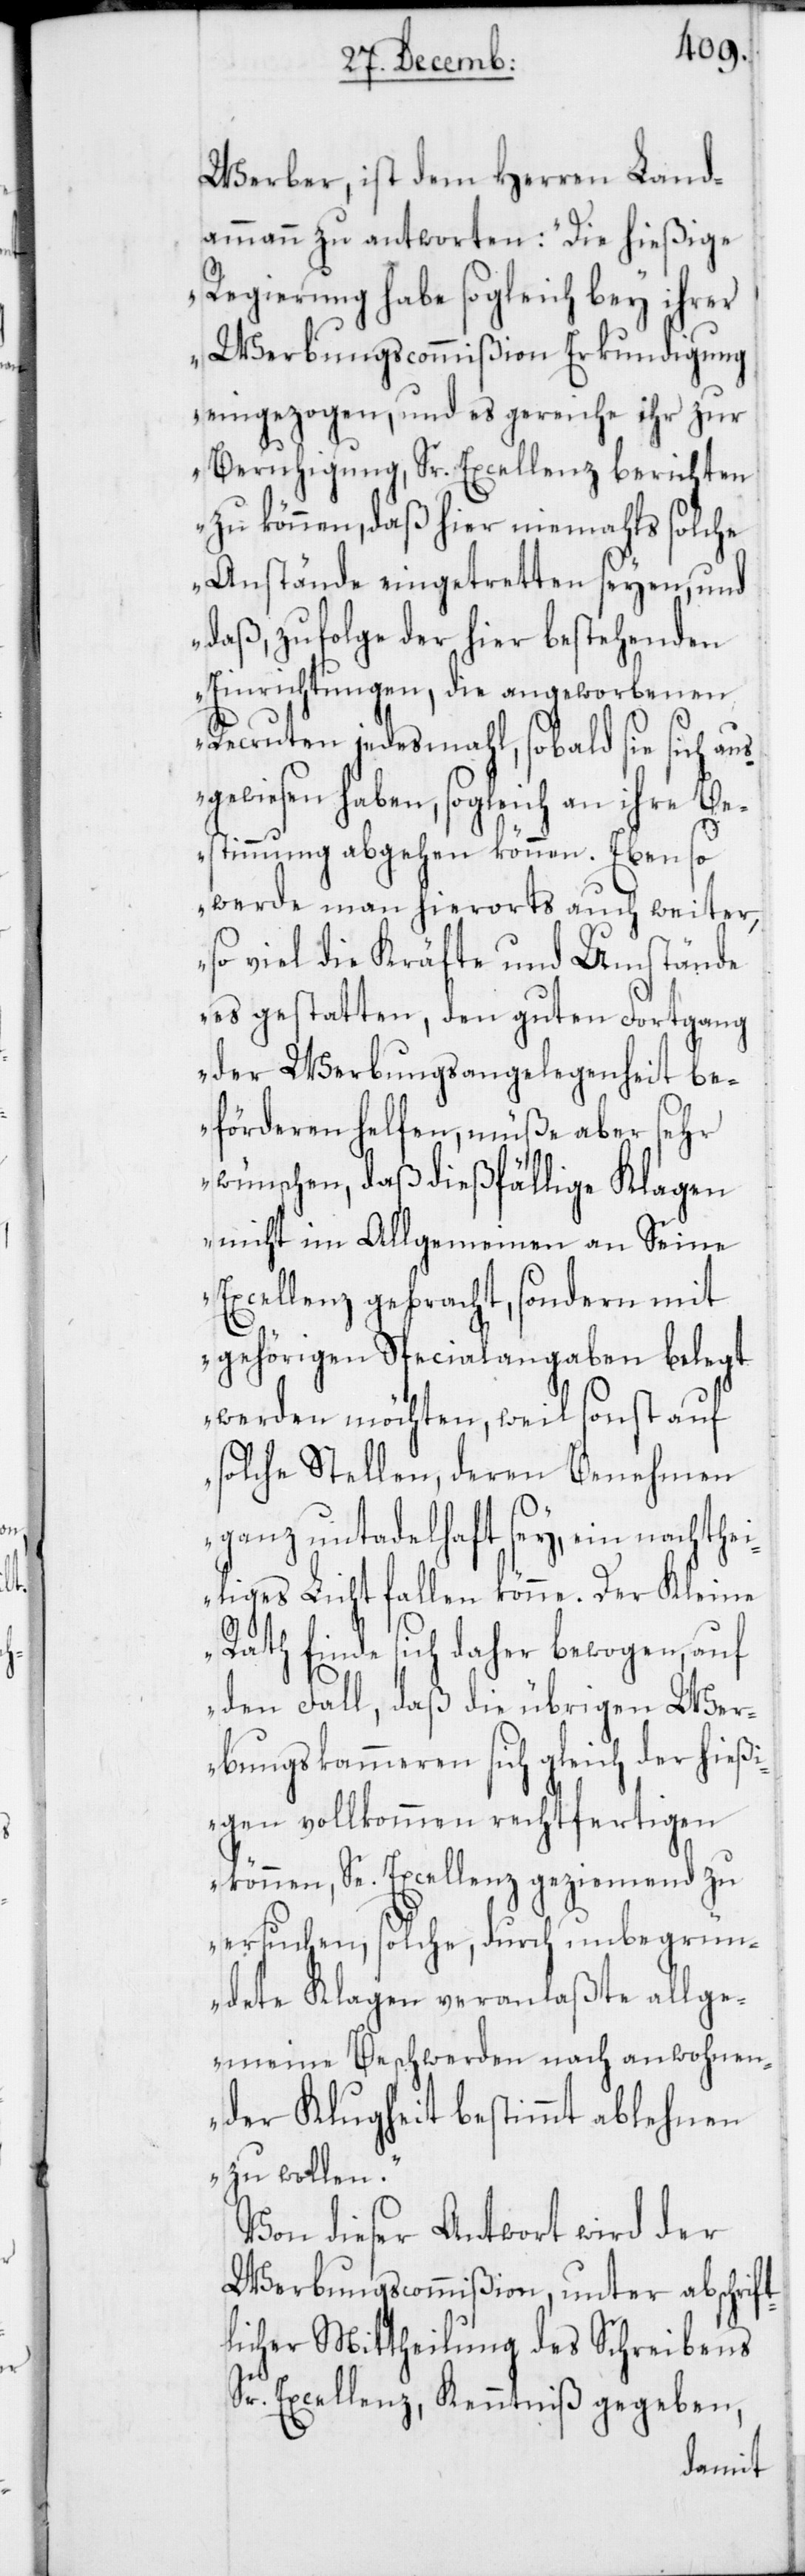
t¬
Werber, ist dem Herren Land¬
ammann zu antworten: „Die hießige
Regierung habe sogleich bey ihrer
Werbungscommißion Erkundigung
eingezogen, und es gereiche ihr zur
Beruhigung, Sr. Excellenz berichten
zu können, daß hier niemahls solche
Anstände eingetretten seyen, und
daß, zufolge der hier bestehenden
Einrichtungen, die angeworbenen
Recruten jedesmahl, sobald sie sich aus¬
gewiesen haben, sogleich an ihre Be¬
stimmung abgehen können. Eben so
werde man hierorts auch weiter,
so viel die Kräfte und Umstände
es gestatten, den guten Fortgang
der Werbungsangelegenheit be¬
förderen helfen, müße aber sehr
wünschen, daß dießfällige Klagen
nicht im Allgemeinen an Seine
Excellenz gebracht, sondern mit
gehörigen Specialangaben belegt
werden möchten, weil sonst auf
solche Stellen, deren Benehmen
ganz untadelhaft sey, ein nachthei¬
liges Licht fallen könne. Der Kleine
Rath finde sich daher bewogen, auf
den Fall, daß die übrigen Wer¬
bungskammeren sich gleich der hießi¬
gen vollkommen rechtfertigen
können, Se. Excellenz geziemend zu
ersuchen, solche, durch unbegrün¬
dete Klagen veranlaßte allge¬
meine Beschwerden nach anwohnen¬
der Klugheit bestimmt ablehnen
zu wollen.“
Von dieser Antwort wird der
Werbungscommißion, unter abschrif¬
licher Mittheilung des Schreibens
Sr. Excellenz, Kenntniß gegeben,